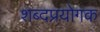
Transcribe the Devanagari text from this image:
शब्दप्रयोगक